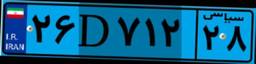
۲۶D۷۱۲۲۸